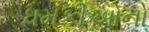
ધમકીઓનો